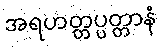
အရဟတ္တပ္ပတ္တာနံ